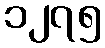
၁၂၇၅